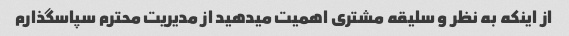
از اینکه به نظر و سلیقه مشتری اهمیت میدهید از مدیریت محترم سپاسگذارم